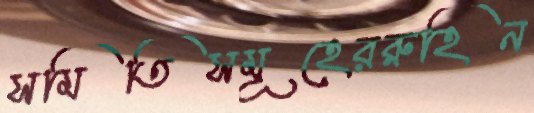
সমিতিসমূহেররুহিন